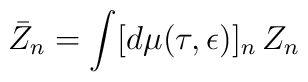
\bar{Z}_n = \int [d\mu (\tau, \epsilon)]_n \,Z_n\,